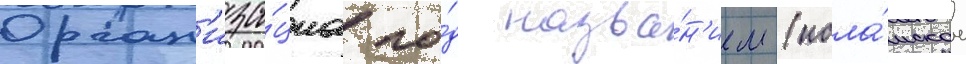
Орган'иза́циа по́д назва́н'ием (исла́мское